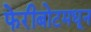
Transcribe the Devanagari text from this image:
फेरीबोटमधून